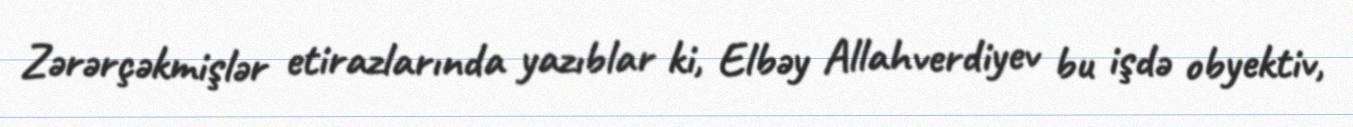
Zərərçəkmişlər etirazlarında yazıblar ki, Elbəy Allahverdiyev bu işdə obyektiv,